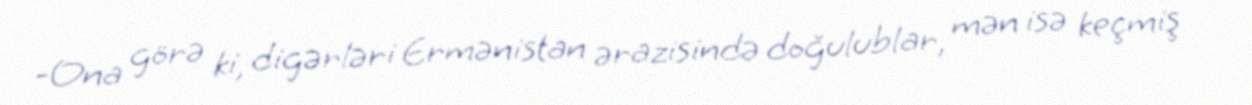
-Ona görə ki, digərləri Ermənistan ərazisində doğulublar, mən isə keçmiş